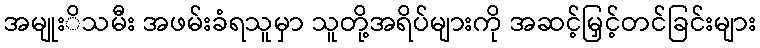
အမျုးိသမီး အဖမ်းခံရသူမှာ သူတို့အရိပ်များကို အဆင့်မြှင့်တင်ခြင်းများ